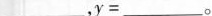
$$_ _ _，y=_ _ _$$。